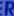
R